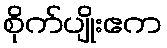
စိုက်ပျိုးဧက